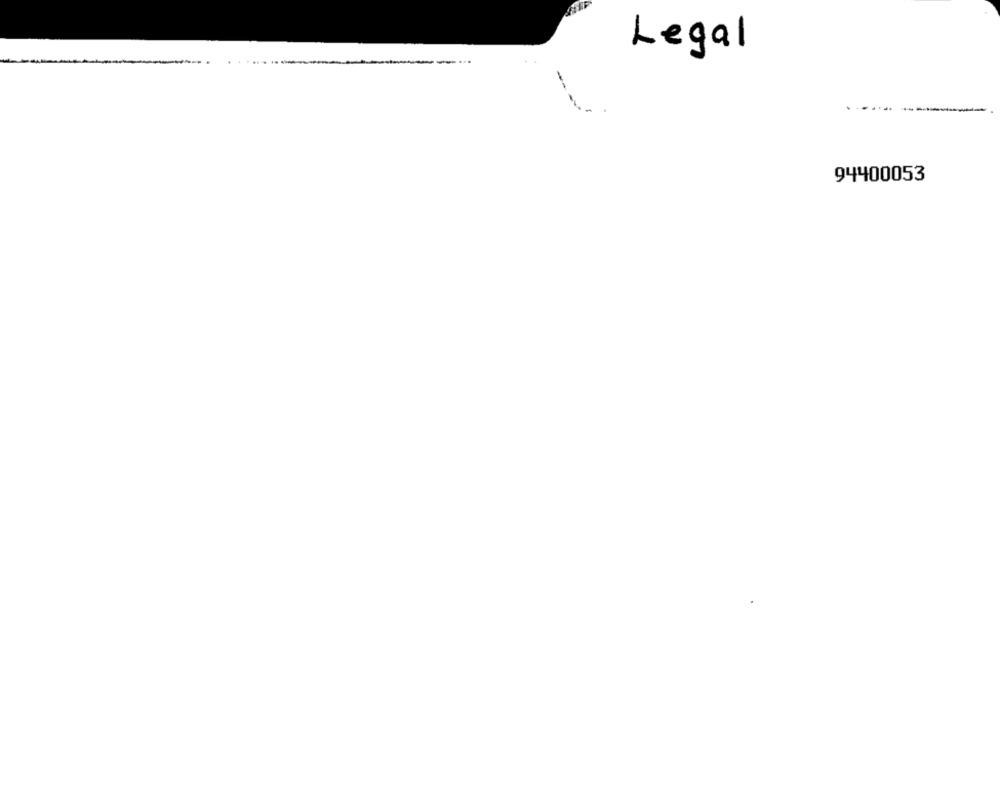
Legal
--
94400053